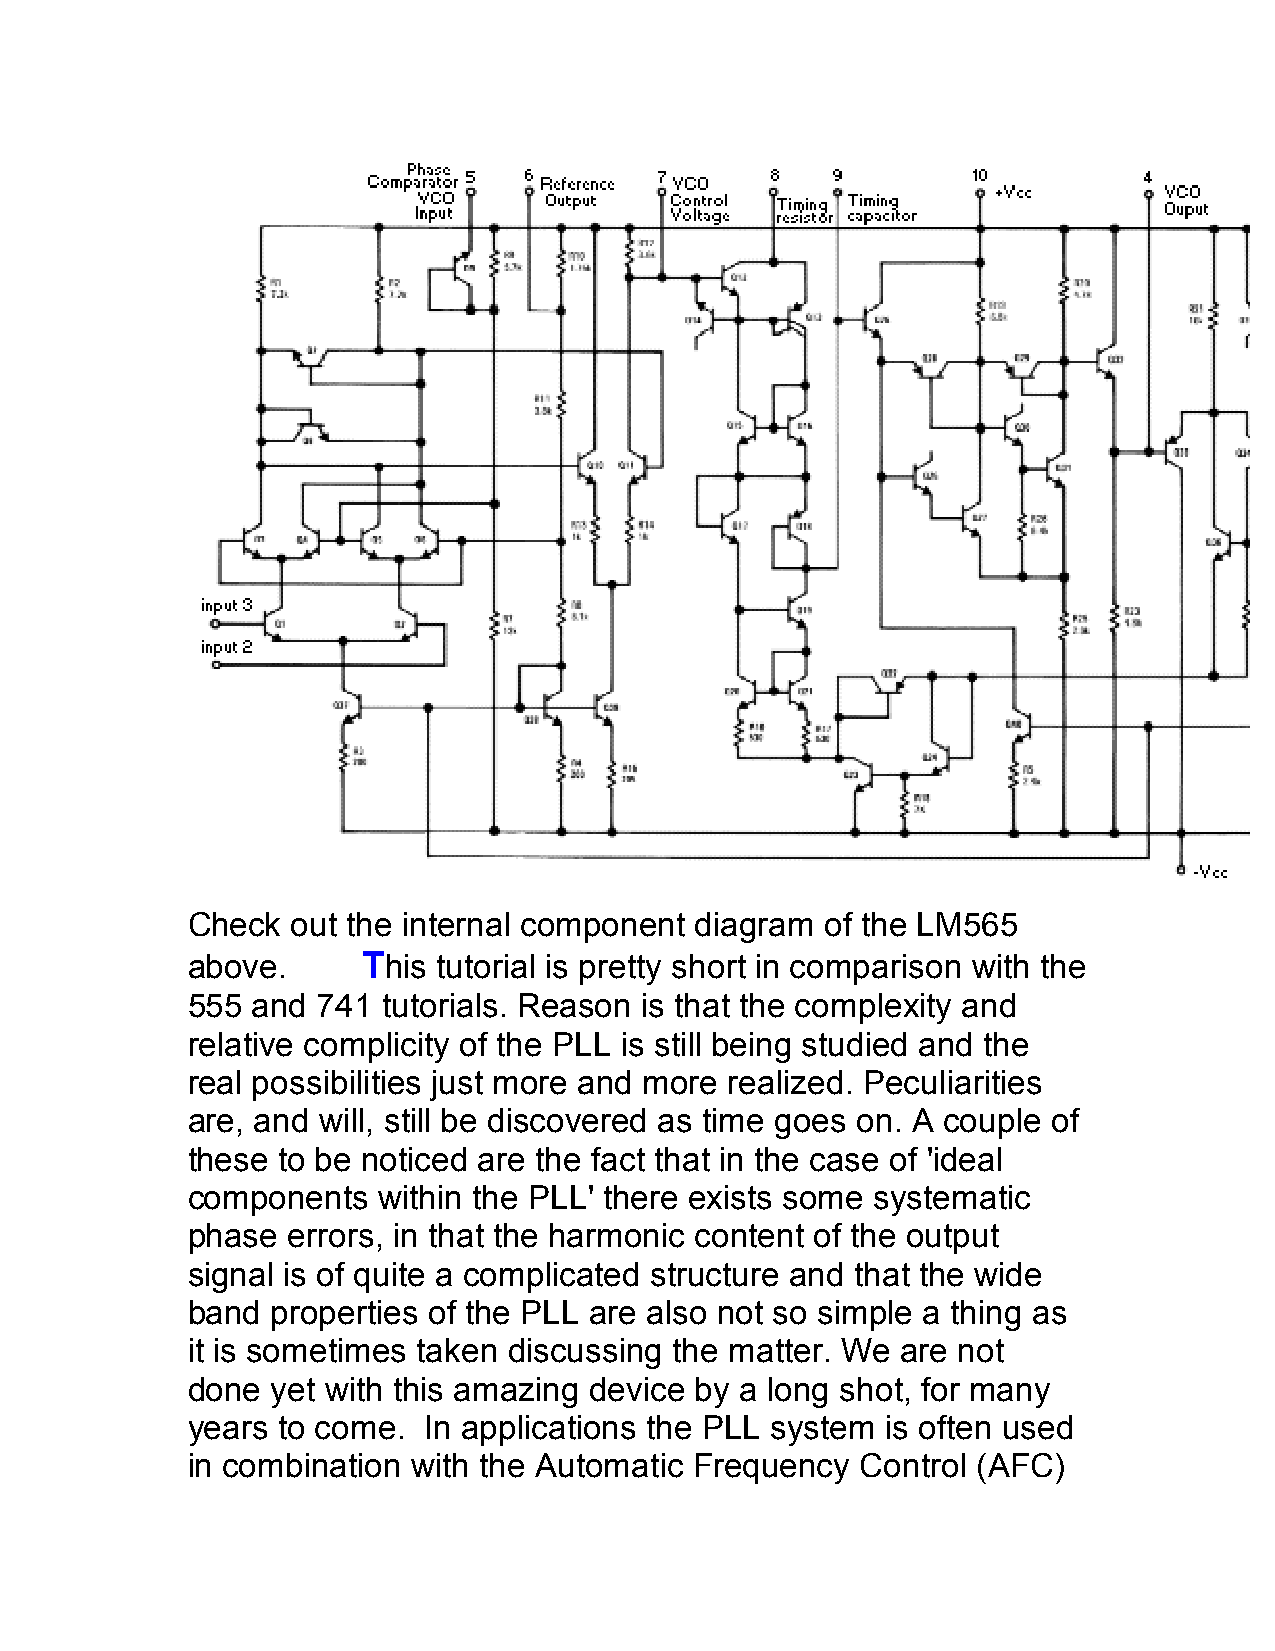
Check  out the internal component diagram  of the LM565
 above.      This tutorial is pretty short in comparison with the
 555  and 741 tutorials. Reason is that the complexity and
 relative complicity of the PLL is still being studied and the
 real possibilities just more and more realized. Peculiarities
 are, and will, still be discovered as time goes on. A couple of
 these to be noticed are the fact that in the case of 'ideal
 components   within the PLL' there exists some systematic
 phase  errors, in that the harmonic content of the output
 signal is of quite a complicated structure and that the wide
 band  properties of the PLL are also not so simple a thing as
 it is sometimes taken discussing the matter. We are not
 done  yet with this amazing device by a long shot, for many
 years to come.  In applications the PLL system is often used
 in combination with the Automatic Frequency  Control (AFC)